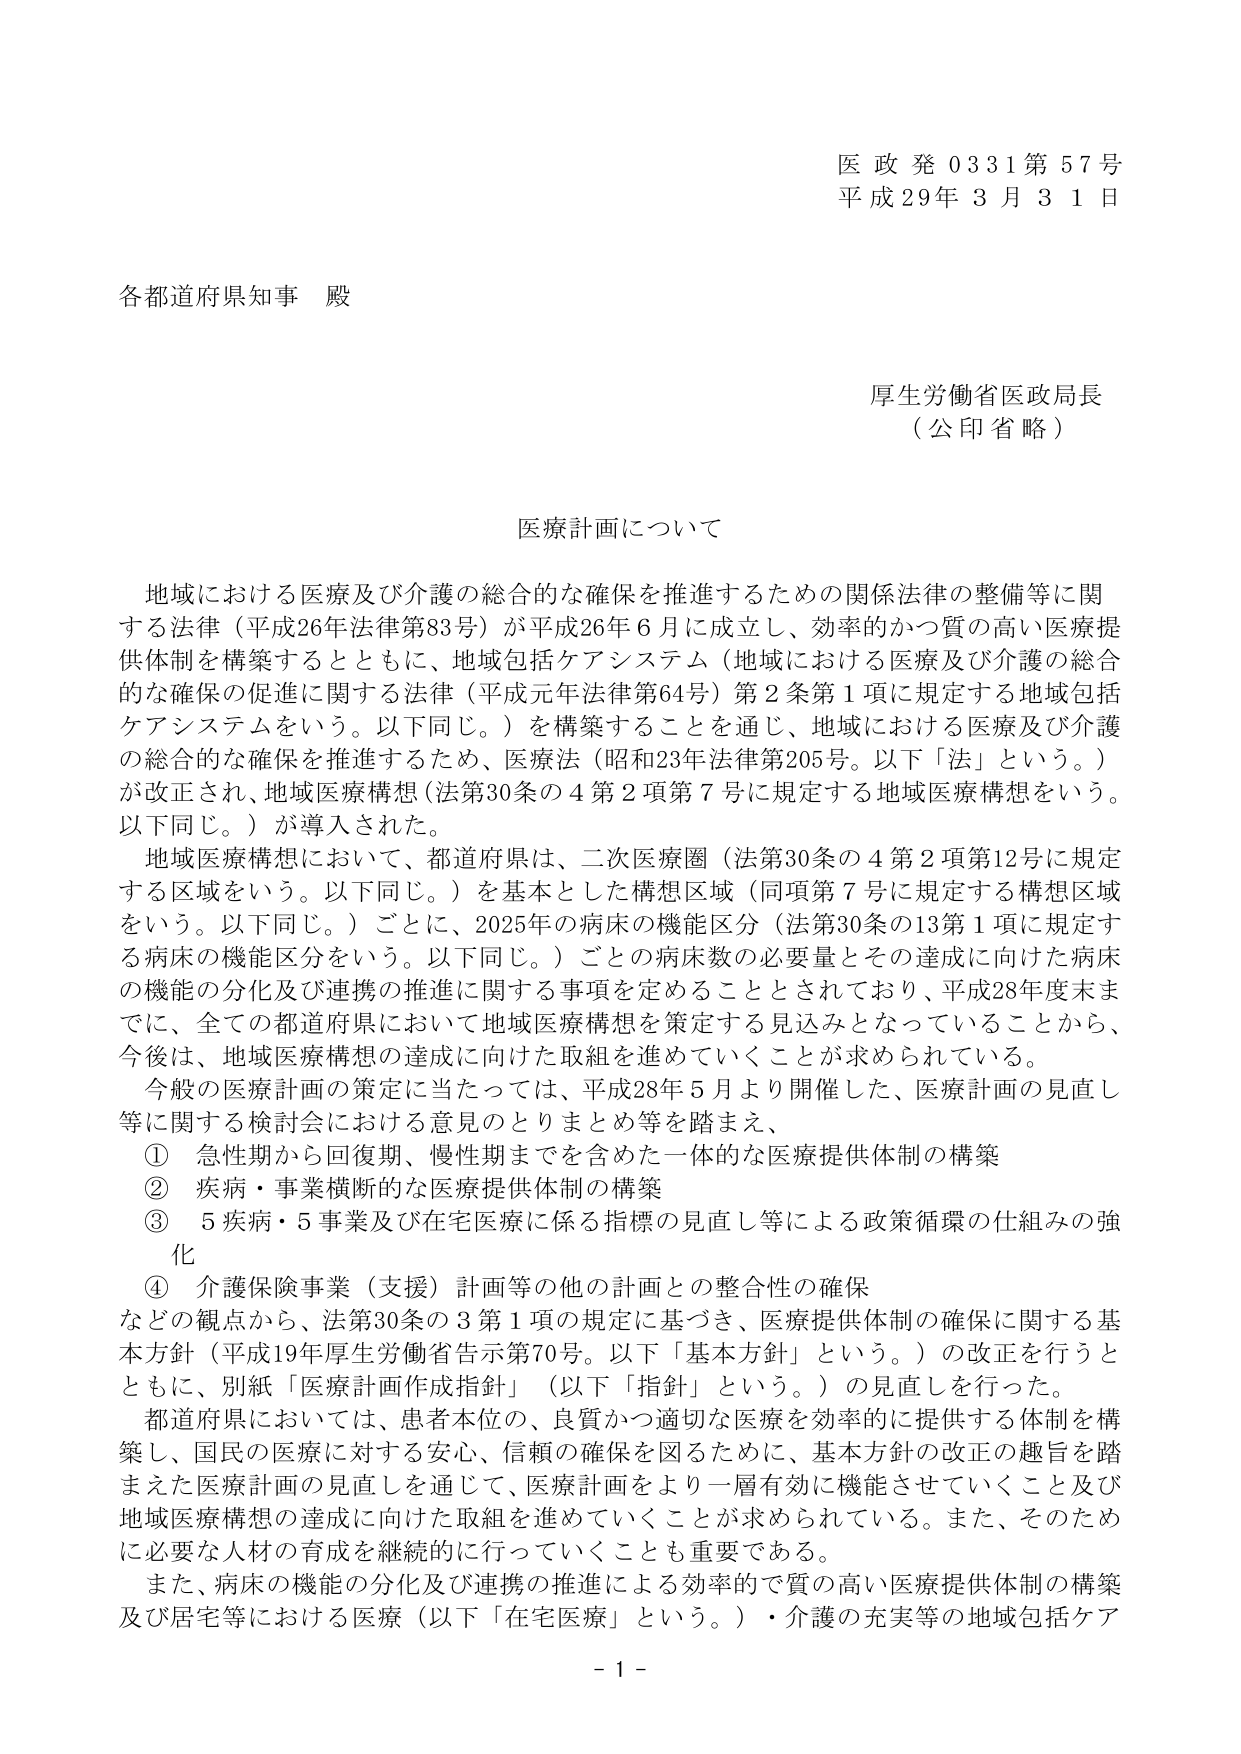
医政発0331第57号
平成29年3月31日

各都道府県知事 殿

厚生労働省医政局長
（公印省略）

医療計画について

地域における医療及び介護の総合的な確保を推進するための関係法律の整備等に関する法律（平成26年法律第83号）が平成26年6月に成立し、効率的かつ質の高い医療提供体制を構築するとともに、地域包括ケアシステム（地域における医療及び介護の総合的な確保の促進に関する法律（平成元年法律第64号）第2条第1項に規定する地域包括ケアシステムをいう。以下同じ。）を構築することを通じ、地域における医療及び介護の総合的な確保を推進するため、医療法（昭和23年法律第205号。以下「法」という。）が改正され、地域医療構想（法第30条の4第2項第7号に規定する地域医療構想をいう。以下同じ。）が導入された。

地域医療構想において、都道府県は、二次医療圏（法第30条の4第2項第12号に規定する区域をいう。以下同じ。）を基本とした構想区域（同項第7号に規定する構想区域をいう。以下同じ。）ごとに、2025年の病床の機能区分（法第30条の13第1項に規定する病床の機能区分をいう。以下同じ。）ごとの病床数の必要量とその達成に向けた病床の機能の分化及び連携の推進に関する事項を定めることとされており、平成28年度末までに、全ての都道府県において地域医療構想を策定する見込みとなっていることから、今後は、地域医療構想の達成に向けた取組を進めていくことが求められている。

一般の医療計画の策定に当たっては、平成28年5月より開催した、医療計画の見直し等に関する検討会における意見のとりまとめ等を踏まえ、
① 急性期から回復期、慢性期までを含めた一体的な医療提供体制の構築
② 疾病・事業横断的な医療提供体制の構築
③ 5疾病・5事業及び在宅医療に係る指標の見直し等による政策循環の仕組みの強化
④ 介護保険事業（支援）計画等の他の計画との整合性の確保
などの観点から、法第30条の3第1項の規定に基づき、医療提供体制の確保に関する基本方針（平成19年厚生労働省告示第70号。以下「基本方針」という。）の改正を行うとともに、別紙「医療計画作成指針」（以下「指針」という。）の見直しを行った。

都道府県においては、患者本位の、良質かつ適切な医療を効率的に提供する体制を構築し、国民の医療に対する安心、信頼の確保を図るために、基本方針の改正の趣旨を踏まえた医療計画の見直しを通じて、医療計画をより一層有効に機能させていくこと及び地域医療構想の達成に向けた取組を進めていくことが求められている。また、そのためには必要な人材の育成を継続的に行っていくことも重要である。

また、病床の機能の分化及び連携の推進による効率的で質の高い医療提供体制の構築及び居宅等における医療（以下「在宅医療」という。）・介護の充実等の地域包括ケア

- 1 -